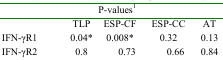
| <COLSPAN=5> P-values1 |
 | --- | --- | --- | --- | --- |
 |  | TLP | ESP-CF | ESP-CC | AT |
 | IFN-γR1 | 0.04* | 0.008* | 0.32 | 0.13 |
 | IFN-γR2 | 0.8 | 0.73 | 0.66 | 0.84 |